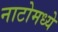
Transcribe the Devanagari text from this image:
नाटोमध्ये